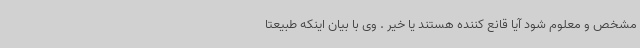
مشخص و معلوم شود آیا قانع کننده هستند یا خیر . وی با بیان اینکه طبیعتا